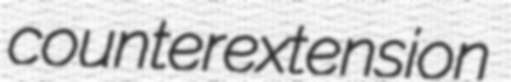
counterextension